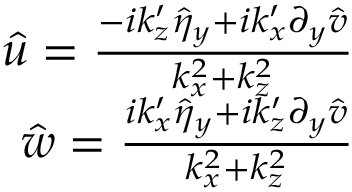
\begin{array} { r } { \hat { u } = \frac { - i k _ { z } ^ { \prime } \hat { \eta } _ { y } + i k _ { x } ^ { \prime } \partial _ { y } \hat { v } } { k _ { x } ^ { 2 } + k _ { z } ^ { 2 } } } \\ { \hat { w } = \frac { i k _ { x } ^ { \prime } \hat { \eta } _ { y } + i k _ { z } ^ { \prime } \partial _ { y } \hat { v } } { k _ { x } ^ { 2 } + k _ { z } ^ { 2 } } } \end{array}